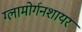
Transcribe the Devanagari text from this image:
ग्लामोर्गनशायर